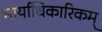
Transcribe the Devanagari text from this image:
भार्याधिकारिकम्